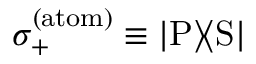
\sigma _ { + } ^ { \mathrm { ( a t o m ) } } \equiv { \left| { \mathrm { P } } \right\rangle \! \! \left\langle { \mathrm { S } } \right| }